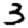
Digit: 3